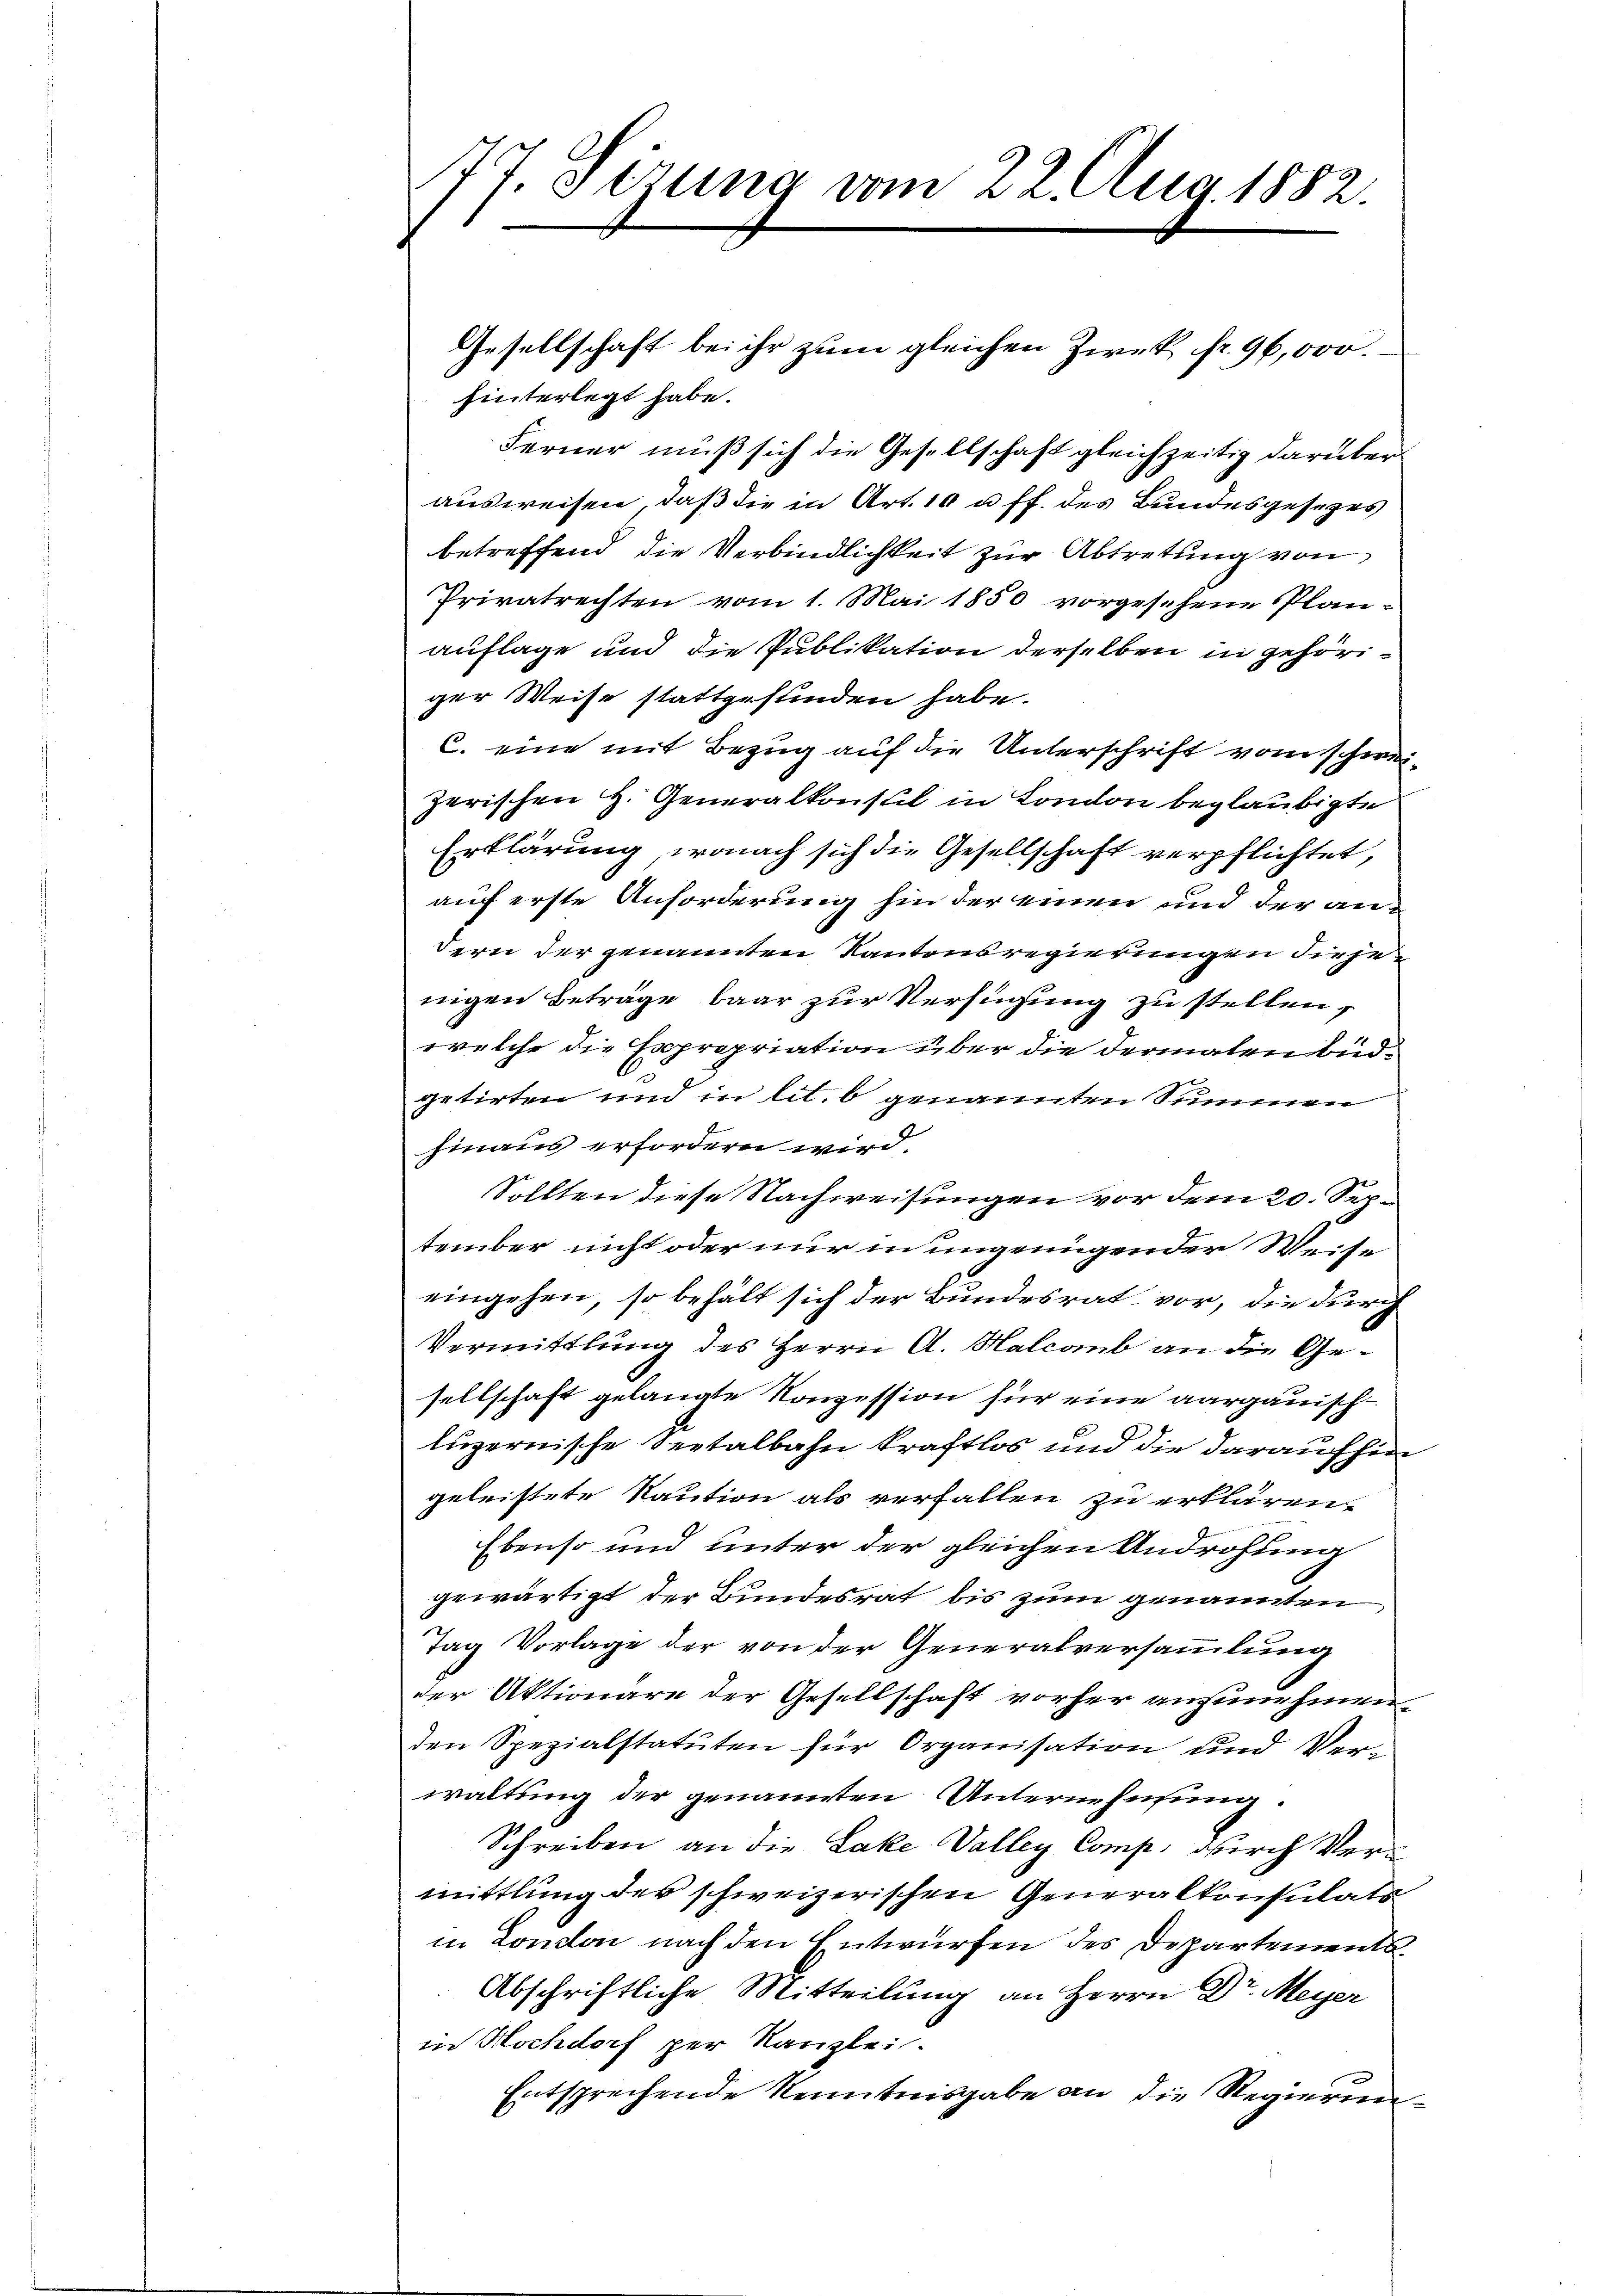
7. Sizung vom 22. Aug. 1882.
.

Gesellschaft bei ihr zum gleichen Zweck fr. 96, 00.
hinterlegt habe.
Ferner muß sich die Gesellschaft gleichzeitig darüber
ausweisen, daß die in Art. 10 u. ff. des Bundesgesezes
betreffend die Verbindlichkeit zur Abtretung von
Privatrechten vom 1. Mai 1850 vorgesehene Plan-
auflage und die Publikation derselben in gehöriger Weise stattgefunden habe.
C. eine mit Bezug auf die Unterschrift vom schweizerischen H. Generalkonsul in London beglaubigte
Erklärung, wonach sich die Gesellschaft verpflichtet,
auf erste Anforderung hin der einen und der andern der genannten Kantonsregierungen diejenigen Beträge baar zur Verfügung zu stellen,
welche die Expropriation über die dermalen Budgetirten und in lit. b genannten Summen
hinaus erfordern wird.
Sollten diese Nachweisungen vor dem 20. September nicht oder nur in ungenügender Weise
eingehen, so behält sich der Bundesrat vor, die durch
Vermittlung des Herrn A. Malcaub an die Gesellschaft gelangte Konzession für eine aargauisch-
luzernische Seetalbahn kraftlos und die daraufhin
geleistete Kaution als verfallen zu erklären.
Ebenso und unter der gleichen Androhung
gewärtigt der Bundesrat bis zum genannten
Tag Vorlage der von der Generalversammlung
der Aktionäre der Gesellschaft vorher anzunehmen,
den Spezialstatuten für Organisation und Ver-
waltung der genannten Unternehmung:
Schreiben an die Lake Valley Comp. durch Vermittlung der schweizerischen Generalkonsulats
in London nach den Entwürfen des Departements¬
Abschriftliche Mitteilung an Herrn Dr. Meyer
in Hochdorf per Kanzlei.
Entsprechende Kenntnisgabe an die Regierun¬